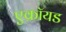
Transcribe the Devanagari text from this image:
एक्रॉयड